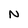
Character: N